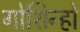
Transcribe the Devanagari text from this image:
गोशिन्हो